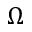
\Omega